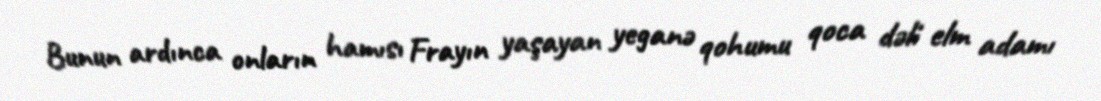
Bunun ardınca onların hamısı Frayın yaşayan yeganə qohumu qoca dəli elm adamı